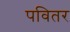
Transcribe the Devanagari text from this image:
पवितर